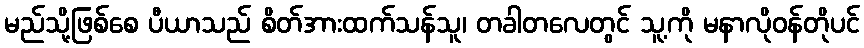
မည်သို့ဖြစ်စေ ပီယာသည် စိတ်အားထက်သန်သူ၊ တခါတလေတွင် သူ့ကို မနာလိုဝန်တိုပင်